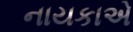
નાયકાએ